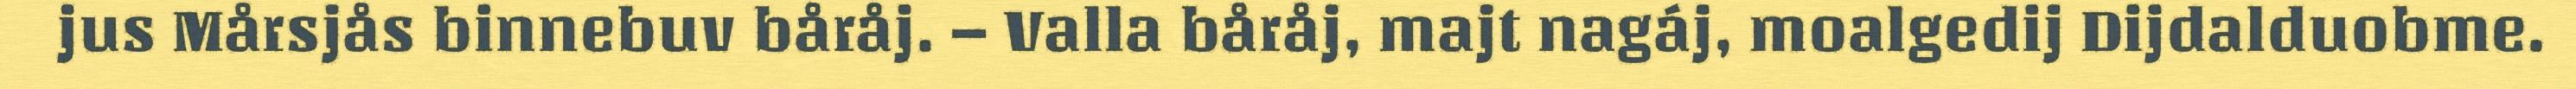
jus Mårsjås binnebuv båråj. – Valla båråj, majt nagáj, moalgedij Dijdalduobme.